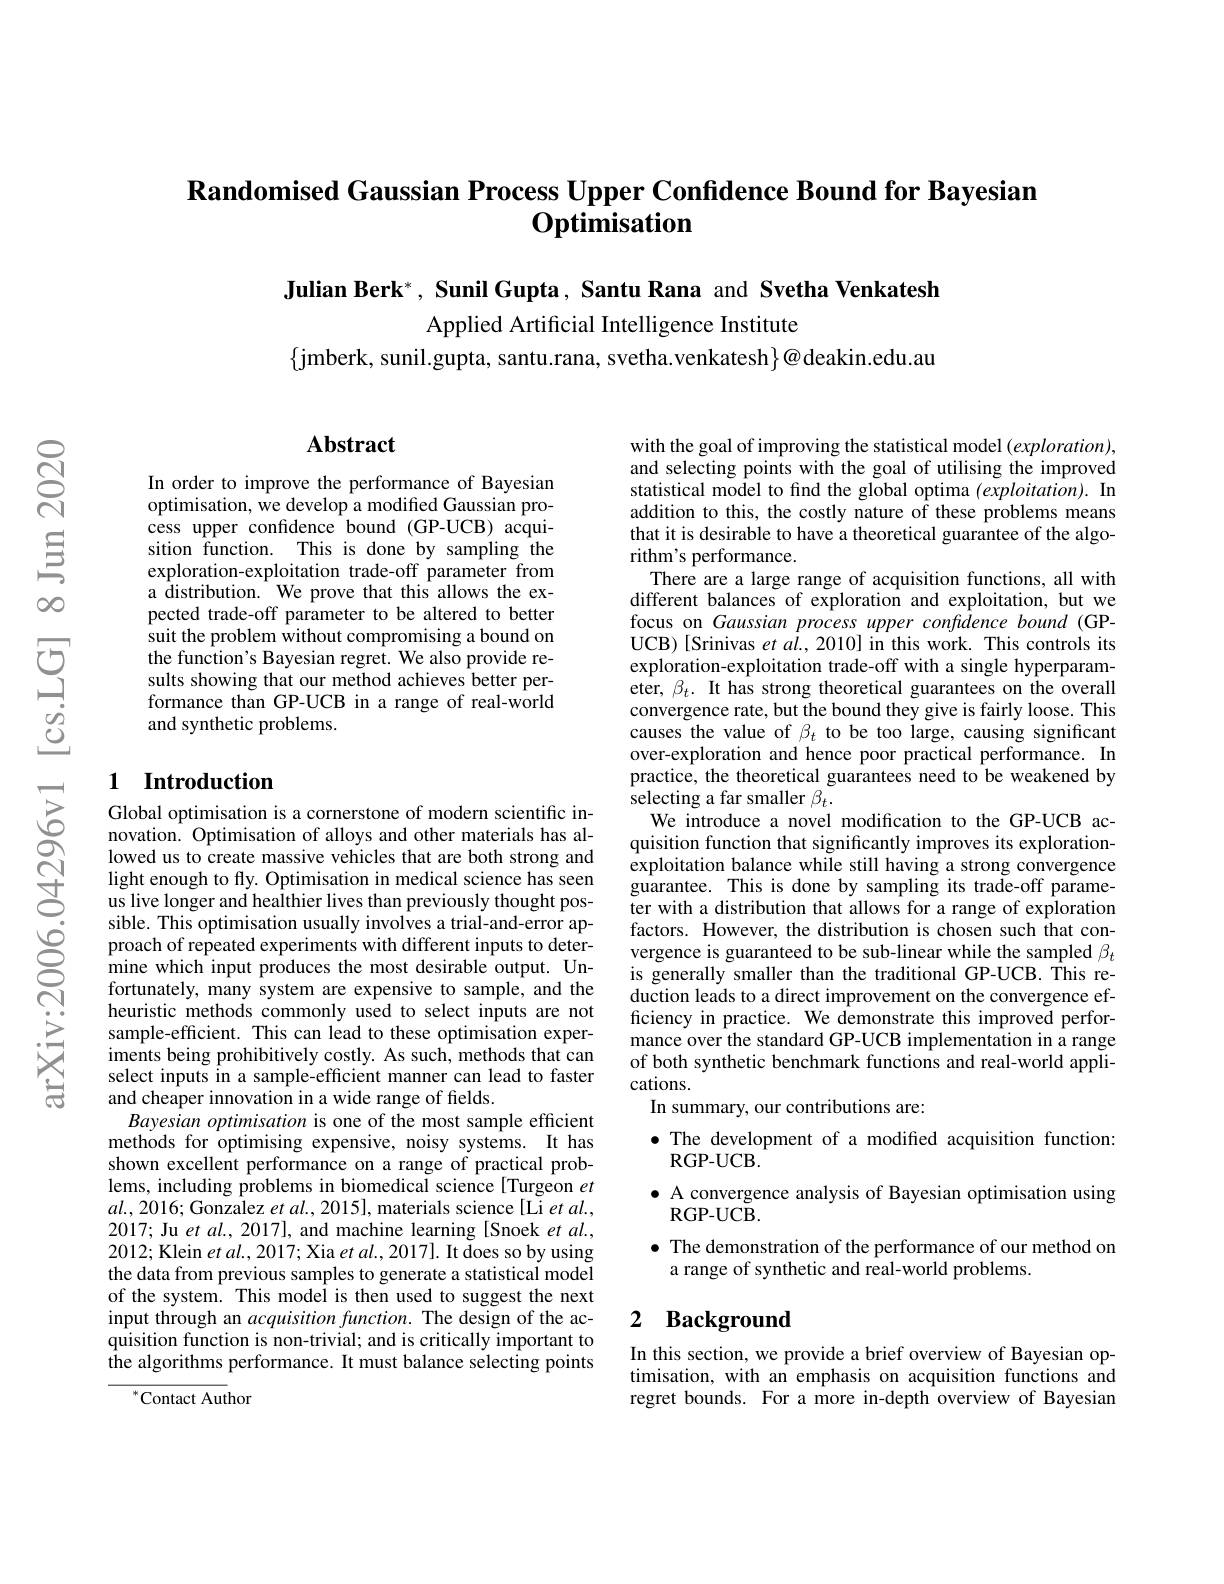
$\textbf{Randomised Gaussian Process Upper Confidence Bound for Bayesian}$
# $\mathbf{O}_{\mathbf{p}\mathbf{timisation}}$

Julian Berk*, Sunil Gupta, Santu Rana and Svetha Venkatesh

Applied Artificial Intelligence Institute

$\{$jmberk, sunil.gupta, santu.rana, svetha.venkatesh$\}@$deakin.edu.au

## Abstract

In order to improve the performance of Bayesian optimisation, we develop a modified Gaussian process upper confidence bound (GP-UCB) acquisition function. This is done by sampling the exploration-exploitation trade-off parameter from a distribution. We prove that this allows the expected trade-off parameter to be altered to better suit the problem without compromising a bound on the function's Bayesian regret. We also provide results showing that our method achieves better performance than GP-UCB in a range of real-world and synthetic problems.

## 1 Introduction

Global optimisation is a cornerstone of modern scientific innovation. Optimisation of alloys and other materials has allowed us to create massive vehicles that are both strong and light enough to fly. Optimisation in medical science has seen us live longer and healthier lives than previously thought possible. This optimisation usually involves a trial-and-error approach of repeated experiments with different inputs to determine which input produces the most desirable output. Unfortunately, many system are expensive to sample, and the heuristic methods commonly used to select inputs are not sample-efficient. This can lead to these optimisation exper- $\hat{\text{iments being prohibitively costly. As such, methods that can}}$ select inputs in a sample-efficient manner can lead to faster and cheaper innovation in a wide range of fields.
Bayesian optimisation is one of the most sample efficient methods for optimising expensive, noisy systems. It has shown excellent performance on a range of practical problems, including problems in biomedical science[Turgeon $et$ $al.,2016;$Gonzalez $etal.,2015]$,materials science[Li $etal.$, 2017; Ju et al., 2017], and machine learning [Snoek et al., 2012; Klein $etal.,2017;$ Xia $etal.,2017].$ It does so by using the data from previous samples to generate a statistical model of the system. This model is then used to suggest the next input through an acquisition function. The design of the acquisition function is non-trivial; and is critically important to the algorithms performance. It must balance selecting points

$^{*}$Contact Author

with the goal of improving the statistical model $(exploration)$, and selecting points with the goal of utilising the improved statistical model to find the global optima $(exploitation).$ In addition to this, the costly nature of these problems means that it is desirable to have a theoretical guarantee of the algorithm's performance.
There are a large range of acquisition functions, all with different balances of exploration and exploitation, but we focus on Gaussian process upper confdence bound (GPUCB)[Srinivas et al., 2010] in this work. This controls its exploration-exploitation trade-off with a single hyperparameter, $\beta_t.$ It has strong theoretical guarantees on the overall convergence rate, but the bound they give is fairly loose. This causes the value of $\beta_t$ to be too large, causing significant over-exploration and hence poor practical performance. In practice, the theoretical guarantees need to be weakened by selecting a far smaller $\beta_t.$
We introduce a novel modification to the GP-UCB acquisition function that significantly improves its explorationexploitation balance while still having a strong convergence guarantee. This is done by sampling its trade-off parameter with a distribution that allows for a range of exploration factors. However, the distribution is chosen such that convergence is guaranteed to be sub-linear while the sampled $\beta_t$ is generally smaller than the traditional GP-UCB. This reduction leads to a direct improvement on the convergence efficiency in practice. We demonstrate this improved performance over the standard GP-UCB implementation in a range of both synthetic benchmark functions and real-world applications.
In summary, our contributions are:
$\bullet$ The development of a modified acquisition function:
RGP- UCB.
$\bullet$ A convergence analysis of Bayesian optimisation using
RGP- UCB.
$\bullet$ The demonstration of the performance of our method on
a range of synthetic and real-world problems.

## 2 $\textbf{Background}$

In this section, we provide a brief overview of Bayesian optimisation, with an emphasis on acquisition functions and regret bounds. For a more in-depth overview of Bayesian